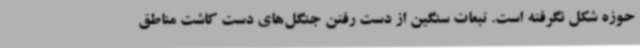
حوزه شکل نگرفته است. تبعات سنگین از دست رفتن جنگل‌های دست کاشت مناطق